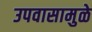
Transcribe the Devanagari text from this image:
उपवासामुळे